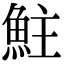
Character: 𩶃